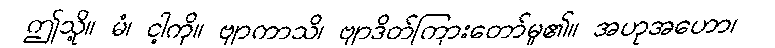
ဤသို့။ မံ၊ ငါ့ကို။ ဗျာကာသိ၊ ဗျာဒိတ်ကြားတော်မူ၏။ အဟုအဟော၊